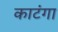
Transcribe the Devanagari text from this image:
काटंगा